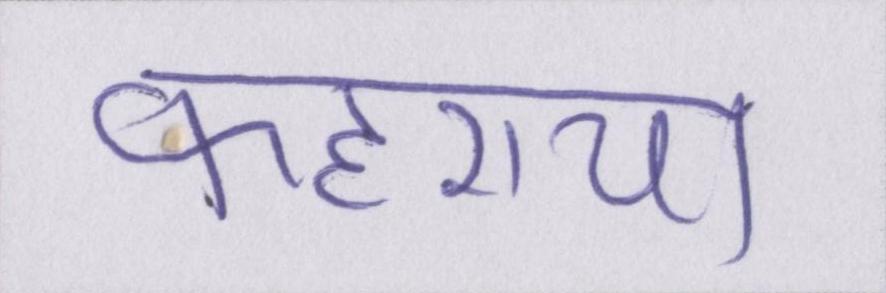
फहराया